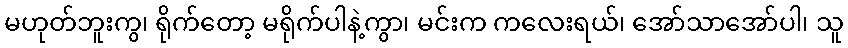
မဟုတ်ဘူးကွ၊ ရိုက်တော့ မရိုက်ပါနဲ့ကွာ၊ မင်းက ကလေးရယ်၊ အော်သာအော်ပါ၊ သူ